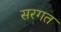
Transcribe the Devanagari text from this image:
सरगत